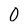
Character: 0